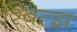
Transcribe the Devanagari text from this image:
श्वित्झ